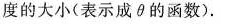
度的大小(表示成θ的函数).